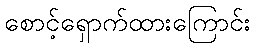
စောင့်ရှောက်ထားကြောင်း